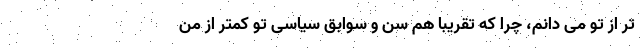
تر از تو می دانم، چرا که تقریبا هم سن و سوابق سیاسی تو کمتر از من